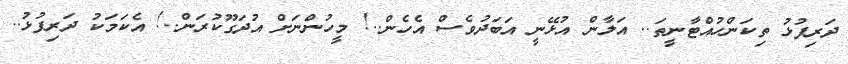
ދަރިފުޅު ތިކަންހުއްޓާނީތަ.. އަލާން އުޅޭނީ އަބަދުވެސް އެހެން..! މީހުންނަށް އުދަގޫކުރަން..! އެކަމަކު ދަރިފުޅު..